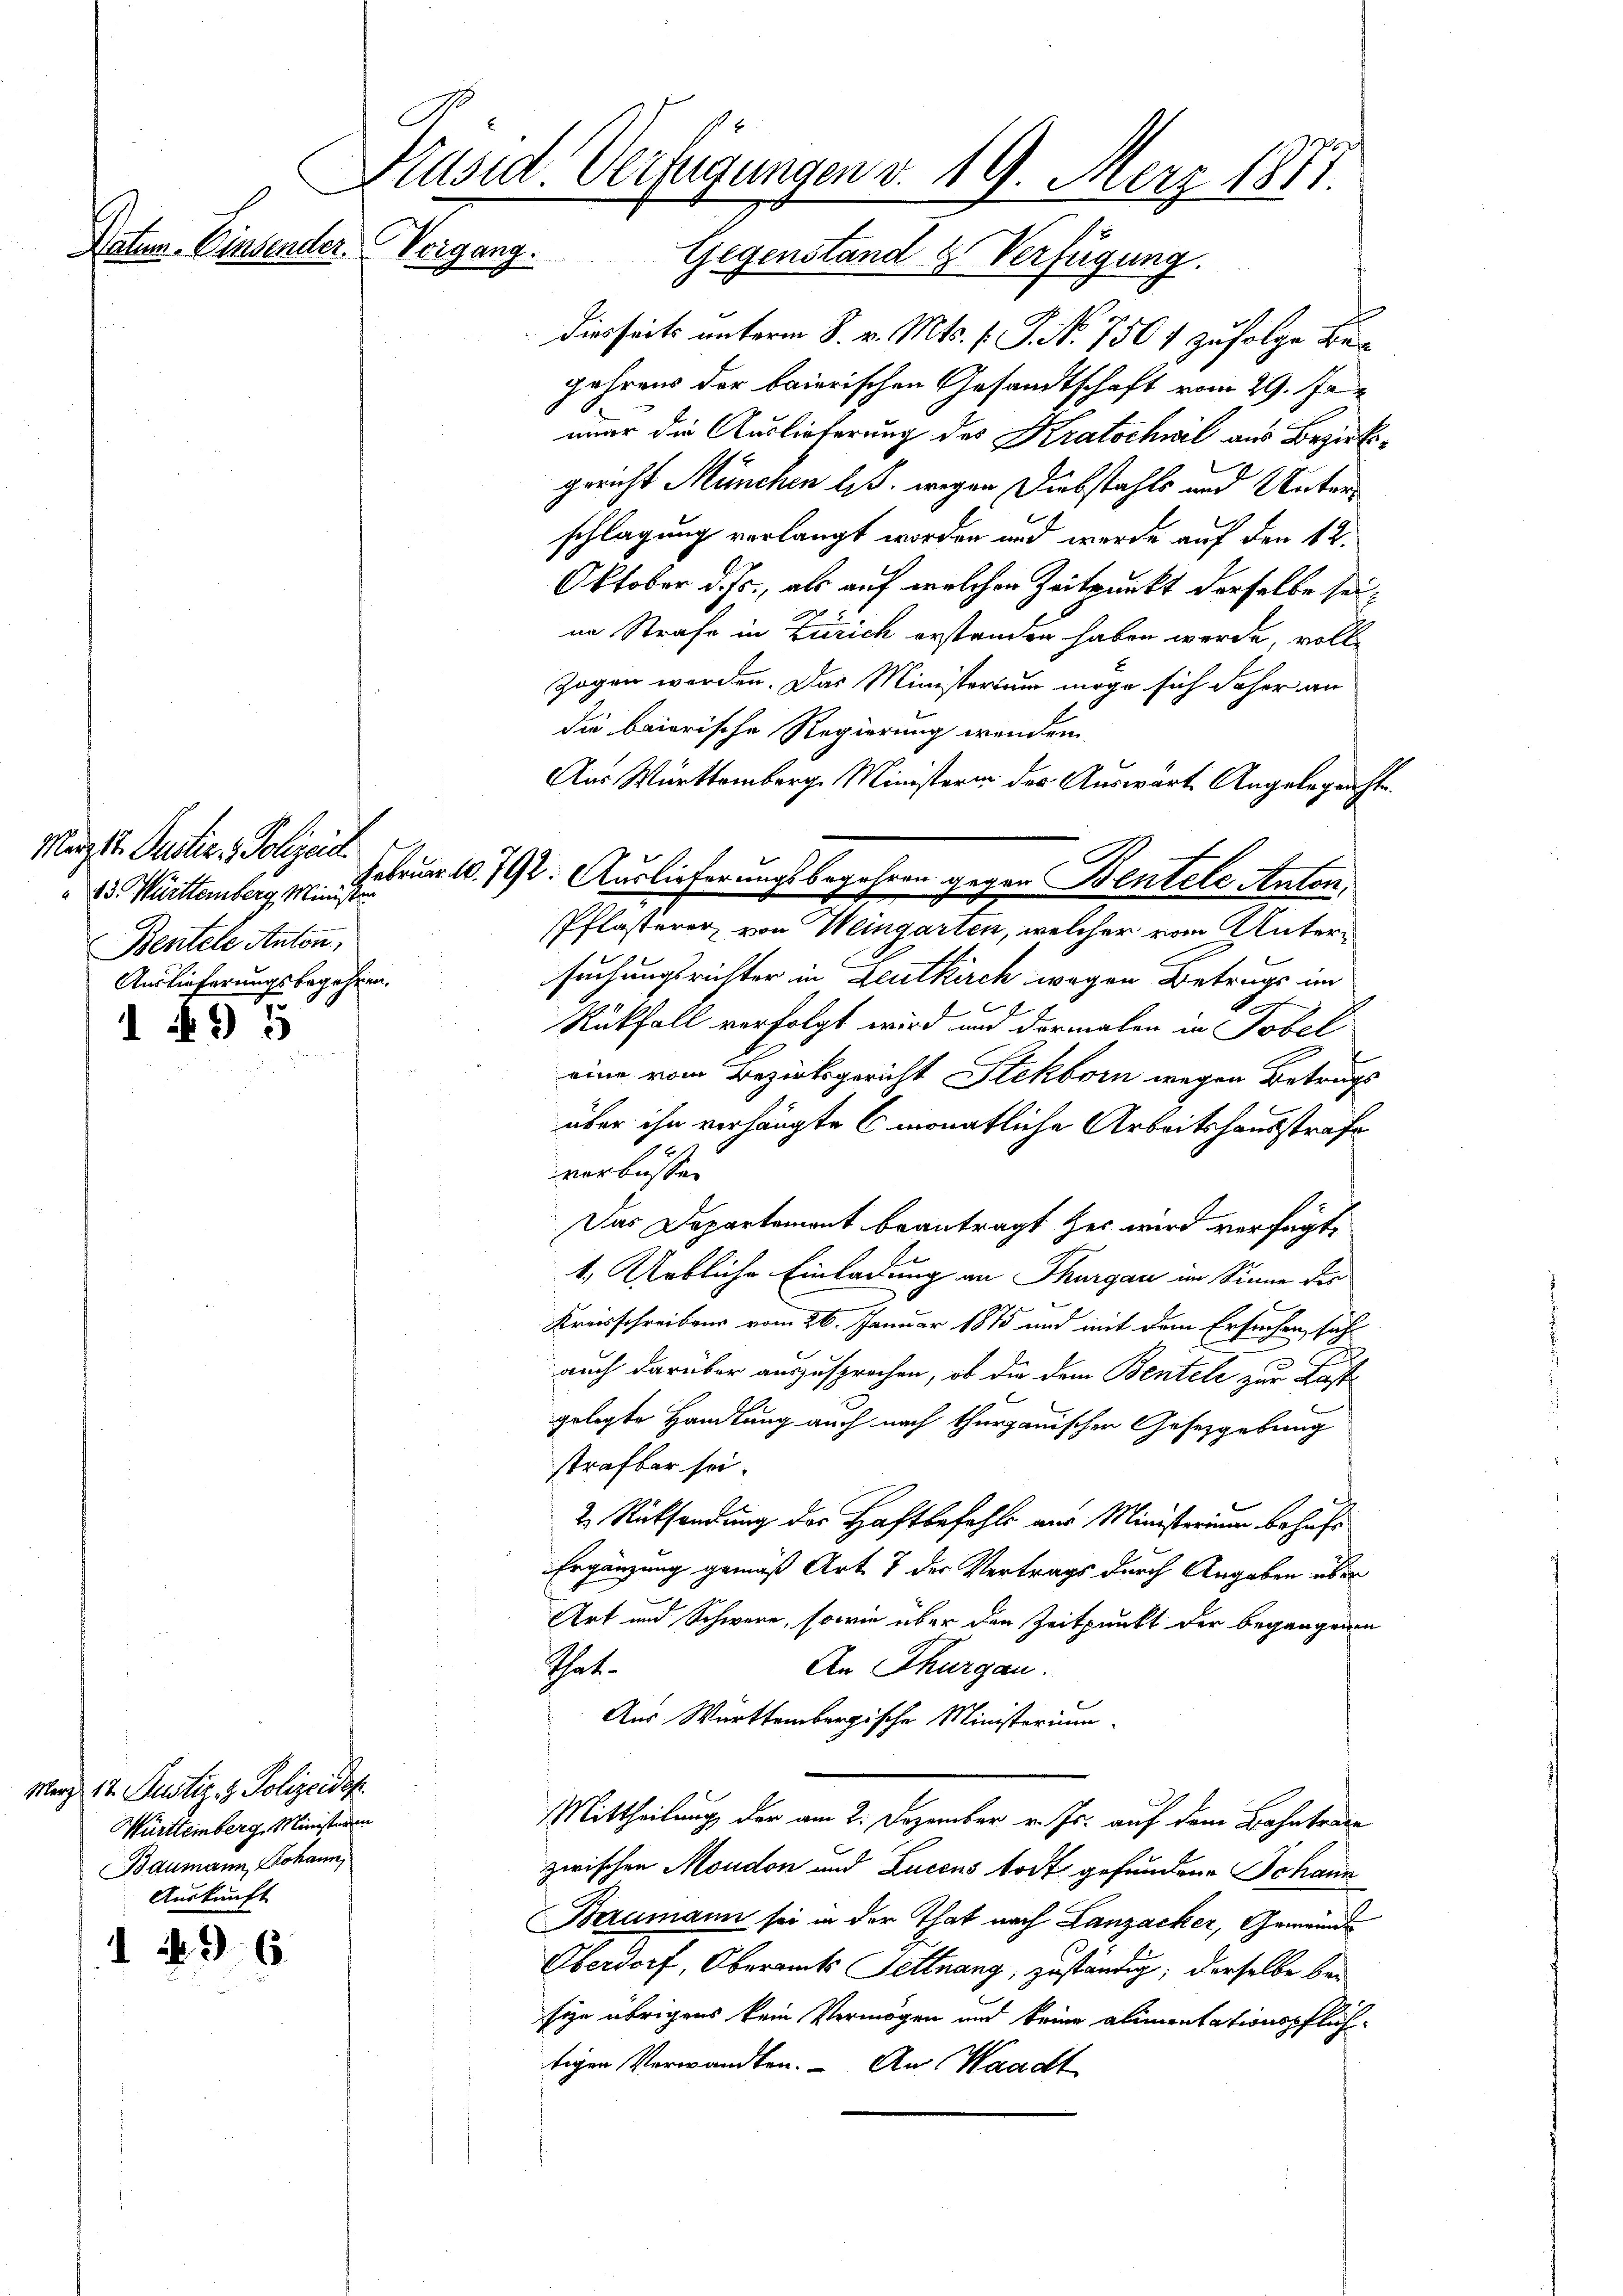
Mürzst. Justiz & Polizeid
 23. Württemberg Minist
Bentele Anton,
Auslieferungsbegehren.

1 No 5

Merz 17. Justiz & Polizeidep
Württemberg, Ministeren
Baumann, Johann,
Auskunft

1496.

Paten Einsender.

Präsid. Verfügungen v. 19. März 1871.
Vorgang. Gegenstand & Verfügung.

Diesseits unterm 8. v. Mts. f. P. No. 756 1 zufolge Begehrens der baierischen Gesandtschaft vom 29. Juni
mmer die Auslieferung des Kratschwil aus Bezirksgericht München lit. wegen Diebstahls und Unterschlagung verlangt worden und wurde auf den 12.
Oktober d. Js., als auf welchen Zeitpunkt derselbe seine Strafe in Zürich erstanden haben werde volle
zogen werden. Das Ministerium möge sich daher an
die baierische Regierung wenden
Aus Württemberg. Ministerin der Auswart Angelegeachte.
Pflasterer, von Weingarten, welcher vom Untersuchungsrichter in Deutkirch wegen Betrags im
Rückfall verfolgt wird und dermalen in Tobel
eine vom Bezirksgericht Stekborn wegen Betrugs
über ihn verhängte 6 monatliche Arbeitshausstrafe
verbüssen
Das Departement beantragt her wird verfügt,
1. Urbliche Einladung an Thurgau im Sinne der
Kreisschreibens vom 26. Januar 1875 und mit dem Ersuchen sah
auch darüber auszusprochen, ob die dem Bentele zur Kast
gelegte Handlung auch nach thurgauischen Gesetzgebung
strafbar sei.
2 Rücksendung des Haftbefehls aus Ministerium behufs
Ergänzung gemäß Art. 7 der Vertrags durch Angaben über
Art und Schwere, sowie über den Zeitpunkt der begangenen
An Thurgau.
Tat.
Aus Württembergische Ministerium
Mittheilung der am 2. Dezember v. Js. auf dem Bahntrage
zwischen Moudon und Lucens todt gefundene Johann
Berumann sei in der That nach Lanzacker, Gemeinde
Oberdorf, Oberamts Tittnang, zuständig; derselbe besize übrigens kein Vermögen und keine alimentationspflichtigen Verwandten. An Waadt

Februar 1792. Auslieferungsbegehren gegen Bentele Anton,